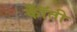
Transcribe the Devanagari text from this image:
कॉँती